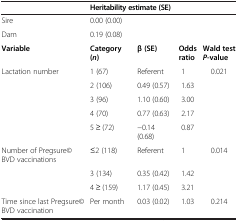
<table><thead><tr><td></td><td colspan="2"><b>Heritability estimate (SE)</b></td><td></td><td></td></tr></thead><tbody><tr><td>Sire</td><td>0.00 (0.00)</td><td></td><td></td><td></td></tr><tr><td>Dam</td><td>0.19 (0.08)</td><td></td><td></td><td></td></tr><tr><td><b>Variable</b></td><td><b>Category (</b><b><i>n</i></b><b>)</b></td><td><b>β (SE)</b></td><td><b>Odds ratio</b></td><td><b>Wald test</b><b><i>P</i></b><b>-value</b></td></tr><tr><td>Lactation number</td><td>1 (67)</td><td>Referent</td><td>1</td><td>0.021</td></tr><tr><td></td><td>2 (106)</td><td>0.49 (0.57)</td><td>1.63</td><td></td></tr><tr><td></td><td>3 (96)</td><td>1.10 (0.60)</td><td>3.00</td><td></td></tr><tr><td></td><td>4 (70)</td><td>0.77 (0.63)</td><td>2.17</td><td></td></tr><tr><td></td><td>5 ≥ (72)</td><td>−0.14 (0.68)</td><td>0.87</td><td></td></tr><tr><td>Number of Pregsure© BVD vaccinations</td><td>≤2 (118)</td><td>Referent</td><td>1</td><td>0.014</td></tr><tr><td></td><td>3 (134)</td><td>0.35 (0.42)</td><td>1.42</td><td></td></tr><tr><td></td><td>4 ≥ (159)</td><td>1.17 (0.45)</td><td>3.21</td><td></td></tr><tr><td>Time since last Pregsure© BVD vaccination</td><td>Per month</td><td>0.03 (0.02)</td><td>1.03</td><td>0.214</td></tr></tbody></table>